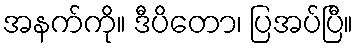
အနက်ကို။ ဒီပိတော၊ ပြအပ်ပြီ။